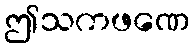
ဤသကဖဏေ